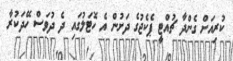
ކުރިއަށް ގެންދާ ޗުއްޓީ ޕެކެޖުގެ ދަށުން އެ ހޮޓަލުގައި ދެ ދުވަސް ހޭދަކުރާ